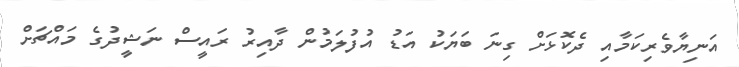
އަނިޔާވެރިކަމާއި ދެކޮޅަށް ގިނަ ބަޔަކު އަޑު އުފުލަމުން ދާއިރު ރައީސް ނަޝީދުގެ މައްޗަށް